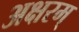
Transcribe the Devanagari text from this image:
अक्षरम्